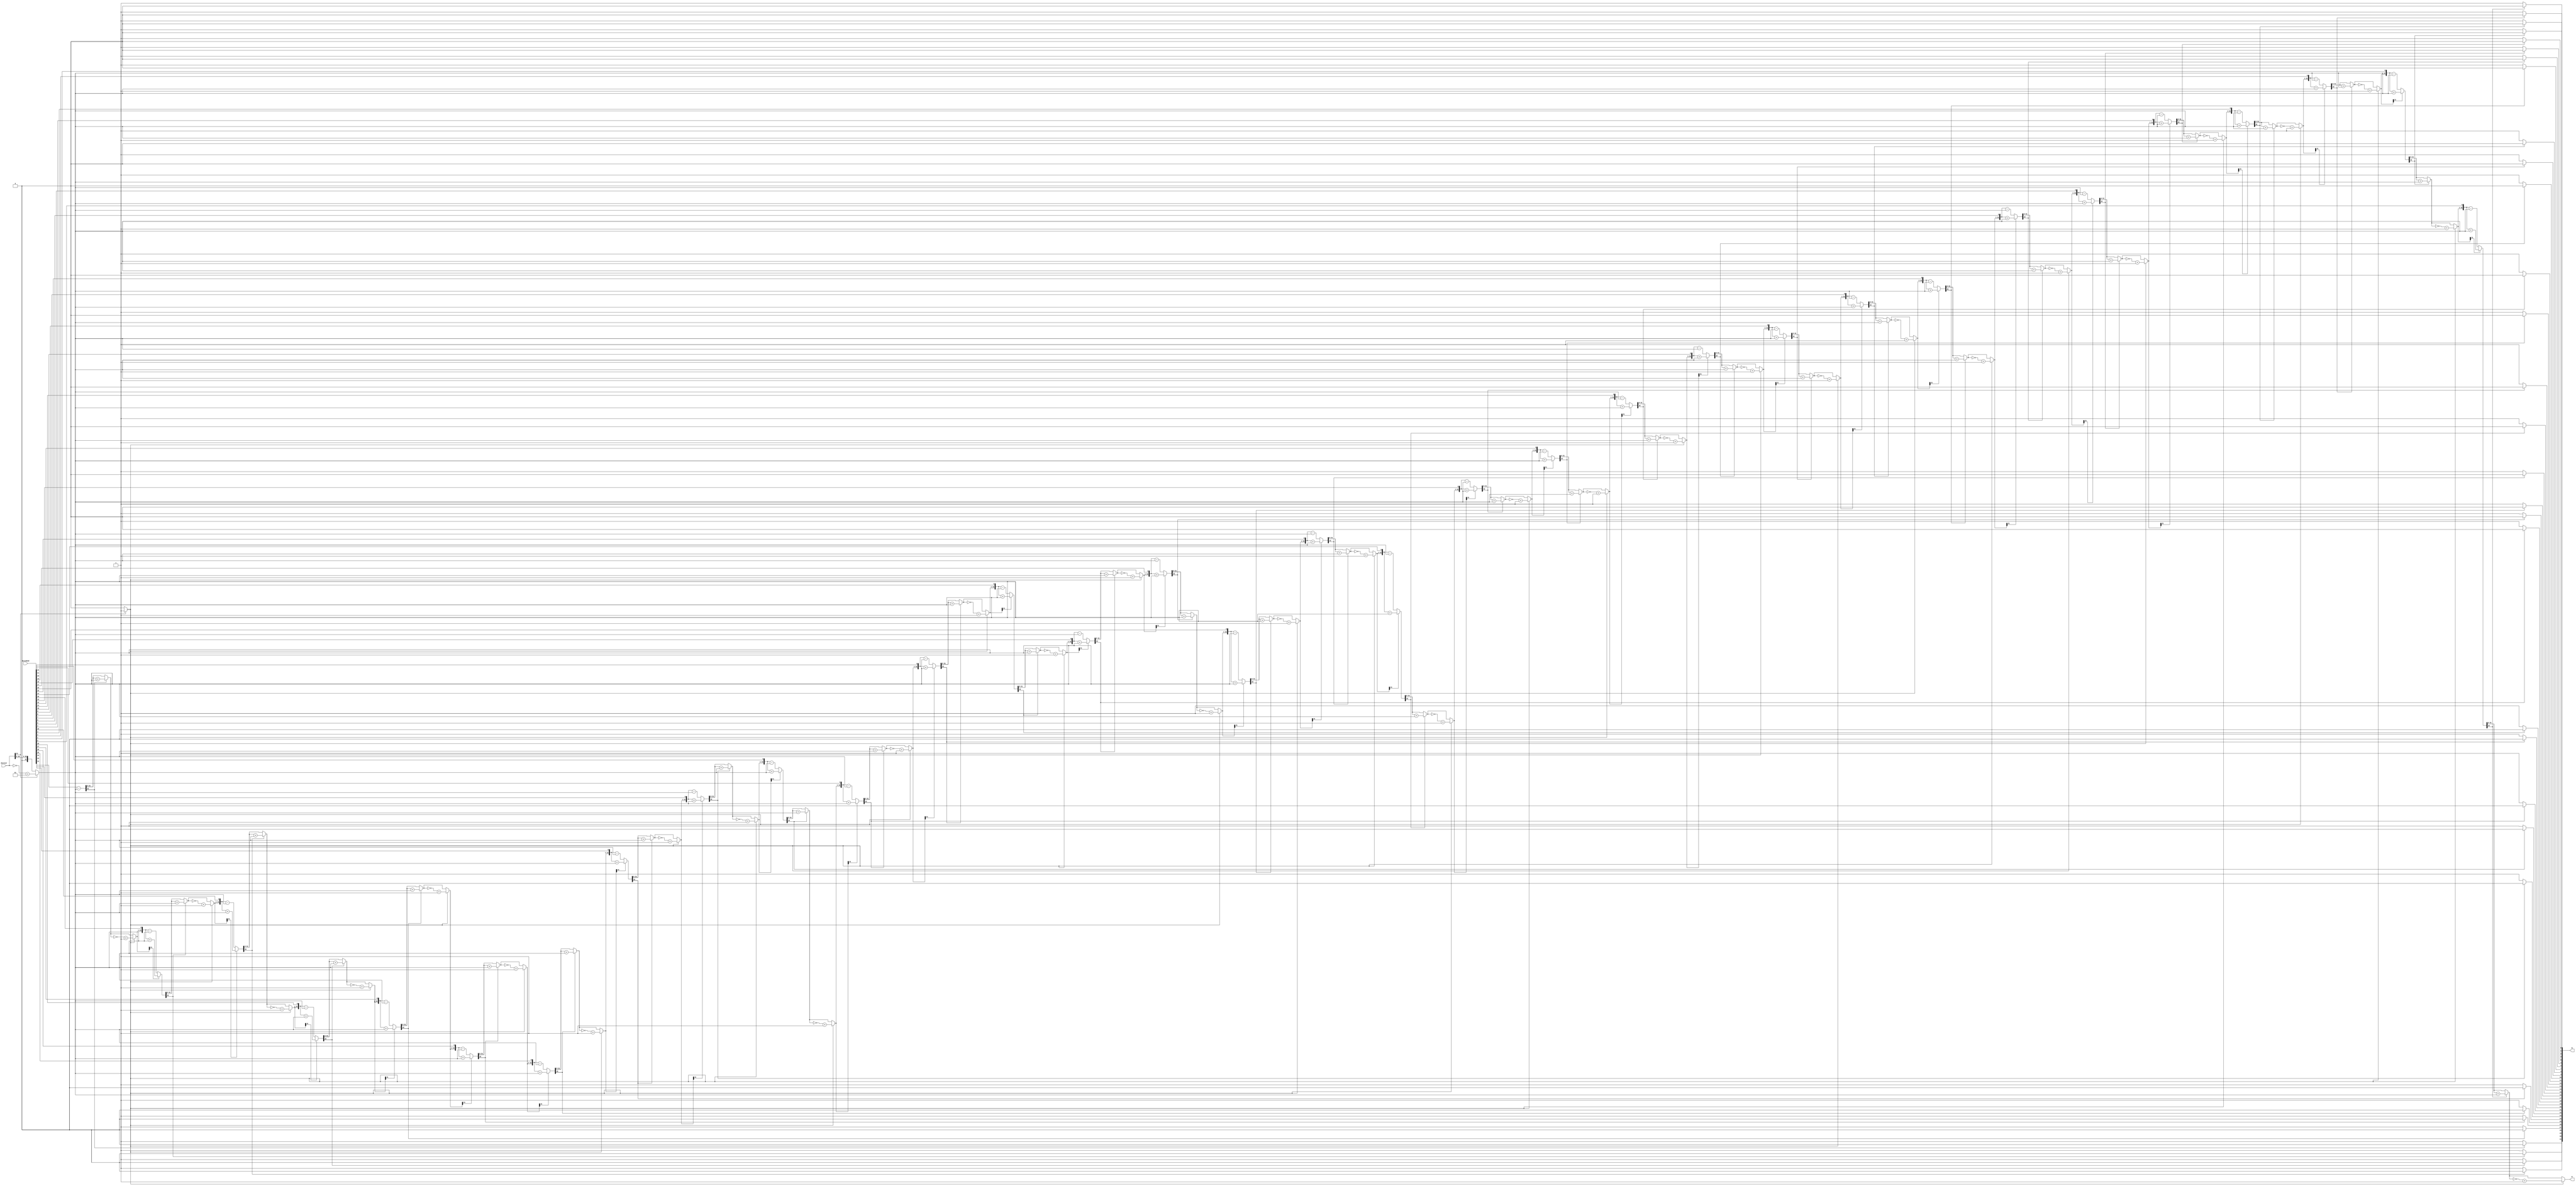
`timescale 1ns/10ps

 

//Non restoring division algorithm

module NonRestoringDivisionAlgorithim(
    input signed [31:0] Dividend, divisor,
    output wire [31:0] Q, // Quotient
    output wire [31:0] R // Remainder
);

reg [31:0] A, M;
wire [31:0] TwosCompliment;
integer i,l;
assign TwosCompliment =  ~divisor + 1;

// Divison register.
reg signed [64:0] temp;

// 32 bit register.
initial A = 32'b00000000000000000000000000000000;

always @(*)
    begin
        if(divisor[31] == 1) begin
                    M = TwosCompliment;
                    l = 1;
                end
                else begin
                    M = divisor;
                    l = 0;
                end

      // Concatenates the 32 bit register with the 32 bit dividend.
            temp = {A, Dividend};

      // Performs the 32 bit division algorithm.
          for(i=0;i<32;i=i+1) begin

            // Shifts the 64 bit register left by 1 bit.
                        temp = temp << 1;

            // Checks if th A value is >= to zero.
                        if(temp[64] == 0) begin

              // Performs subtractions on the upper 32 bits of the 64 bit register
                            temp[64:32] = temp[64:32] - M;

                            // Sets the q0 bit to 1

                            // temp[0] = 1;
                        end
            // Otherwise add M to A
                        else begin

              // Performs additions on the upper 32 bits of the 64 bit register
                            temp[64:32] = temp[64:32] + M;

              // Sets the q0 bit to 0
                            //temp[0] = 0;

                        end

            // Checks if the last bit is equal to 0.
                        if(temp[64] == 0) begin

              // Sets the q0 bit to 1 if it is.
              temp[0] = 1;
            end
                       else if(temp[64] == 1) begin
              // Sets the q0 bit to 0 if it is not 1.
                  temp[0] = 0;
            end
                if(temp[64] == 1) temp[64:32] = temp[64:32] + M;
                if(l == 1) temp[64:32] = ~temp[64:32] + 1;
     end
end
// Assigns the quotient to the lower 32 bits of the 64 bit register.
    assign Q = temp[31:0];
// Assigns the remainder to the upper 32 bits of the 64 bit register.
    assign R = temp[63:32];
endmodule